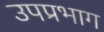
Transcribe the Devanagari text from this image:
उपप्रभाग